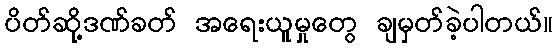
ပိတ်ဆို့ဒဏ်ခတ် အရေးယူမှုတွေ ချမှတ်ခဲ့ပါတယ်။